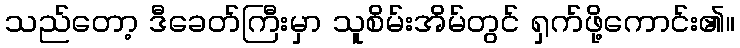
သည်တော့ ဒီခေတ်ကြီးမှာ သူစိမ်းအိမ်တွင် ရှက်ဖို့ကောင်း၏။